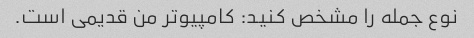
نوع جمله را مشخص کنید: کامپیوتر من قدیمی است.